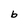
Character: b